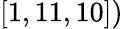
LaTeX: [1,11,10])